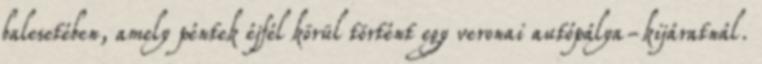
balesetében, amely péntek éjfél körül történt egy veronai autópálya-kijáratnál.